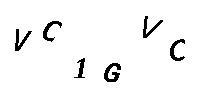
VC1GVC